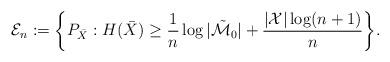
LaTeX: \begin{align*}{\cal E}_n := \bigg\{ P_{\bar{X}} : H(\bar{X}) \ge \frac{1}{n} \log |\tilde{{\cal M}}_0| + \frac{|{\cal X}|\log(n+1)}{n} \bigg\}.\end{align*}